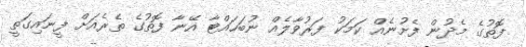
ފޮތުގެ މެދުން ފެށުނެއް ކަމަކު ފަރުވާލެއް ނުބަހައްޓާ އޭނާ ފޮތުގެ ތެރެއަށް ފީނައިގަތީ